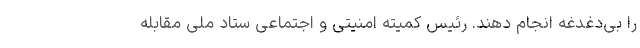
را بی‌دغدغه انجام دهند. رئیس کمیته امنیتی و اجتماعی ستاد ملی مقابله